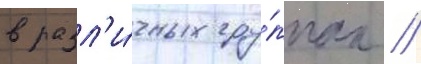
в разл'и́чных гру́ппах //